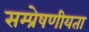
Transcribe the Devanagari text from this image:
सम्‍प्रेषणीयता